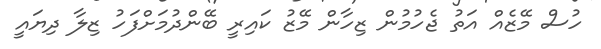
ހުސް މޭޒެއް އަތު ޖެހުމުން ޒިހާން މޭޒު ކައިރީ ބޭންދުމަށްފަހު ޒިލާ ދިޔައީ